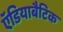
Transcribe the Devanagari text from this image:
ऍडियाबैटिक